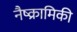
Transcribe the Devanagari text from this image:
नैष्क्रामिकी